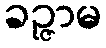
ခဉ္ဇာမ